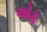
ઓફ